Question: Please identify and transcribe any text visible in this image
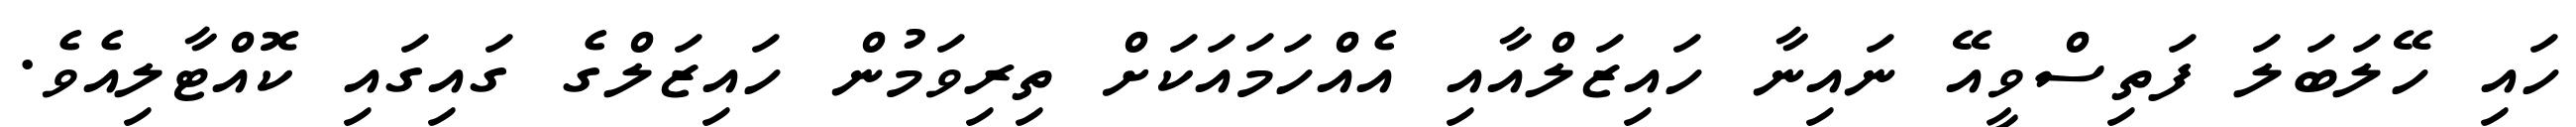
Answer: ހައި ހޭލަބަލަ ފަތިސްވީއޭ ނައިނާ ހައިޒަލްއާއި އެއްހަމައަކަށް ތިރިވަމުން ހައިޒަލްގެ ގައިގައި ކޮއްޓާލިއެވެ.